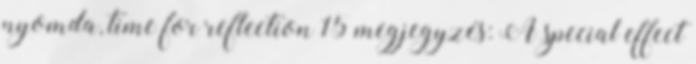
nyomda, time for reflection 15 megjegyzés: A special effect